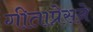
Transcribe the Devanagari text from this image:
गीताप्रेसने